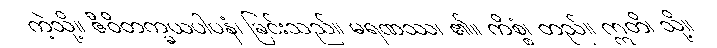
ကဲ့သို့။ ဇီဝိတက္ခယပါပနံ၊ ခြင်းသည်။ မရဏဿ၊ ၏။ ကိစ္စံ၊ တည်။ ဣတိ၊ သို့။